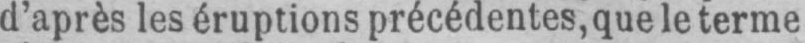
d’après les éruptions précédentes, que le terme